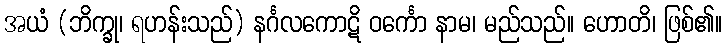
အယံ (ဘိက္ခု၊ ရဟန်းသည်) နင်္ဂလကောဋိ ဝင်္ကော နာမ၊ မည်သည်။ ဟောတိ၊ ဖြစ်၏။